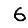
Digit: 6